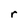
Character: r